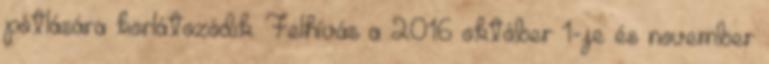
pótlására korlátozódik. Felhívás a 2016 október 1-je és november